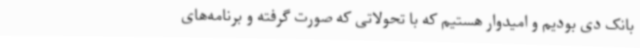
بانک دی بودیم و امیدوار هستیم که با تحولاتی که صورت گرفته و برنامه‌های